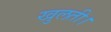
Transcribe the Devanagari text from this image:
खुलती।